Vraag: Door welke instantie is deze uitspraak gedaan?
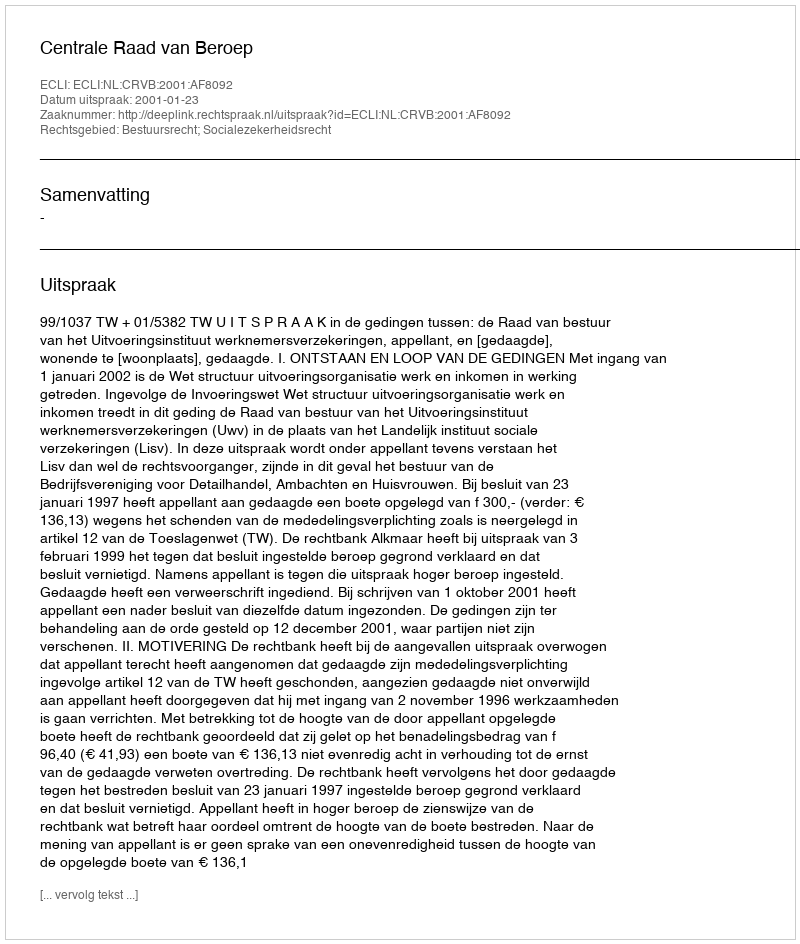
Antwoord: Centrale Raad van Beroep